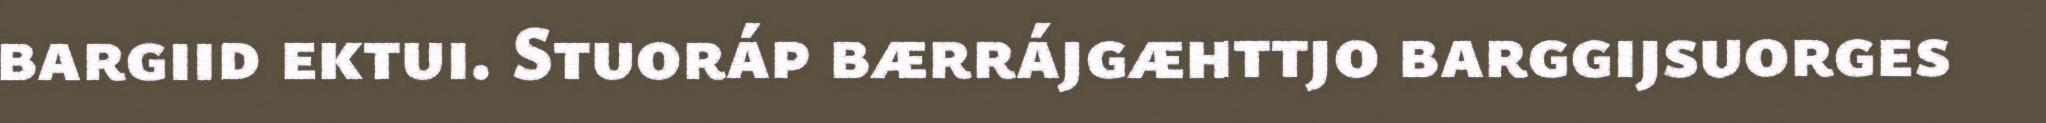
bargiid ektui. Stuoráp bærrájgæhttjo barggijsuorges